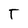
Character: T